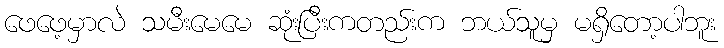
ဖေဖေ့မှာလဲ သမီးမေမေ ဆုံးပြီးကတည်းက ဘယ်သူမှ မရှိတော့ပါဘူး